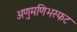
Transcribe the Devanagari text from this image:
अणुमणिभस्फट